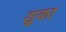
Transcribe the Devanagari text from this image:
शुका